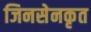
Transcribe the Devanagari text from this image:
जिनसेनकृत